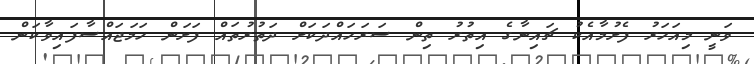
ވަނީ މިއަހަރު ފެށުމާއެކު ޗައިނާގެ އިތުރު ތިން ސަރަހައްދަކަށް ދަތުރުތައް ފަށަން ހަމަޖައްސާފައިވާކަން